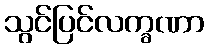
သွင်ပြင်လက္ခဏာ